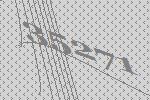
35271